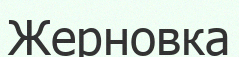
Жерновка